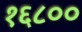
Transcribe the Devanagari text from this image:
१६८००